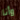
وأنا